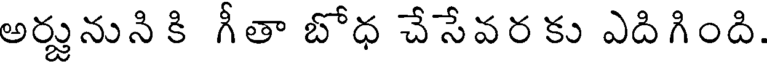
అర్జునుని కి గీతా బోధ చేసేవర కు ఎదిగింది.